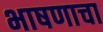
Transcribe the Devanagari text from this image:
भाषणाचा